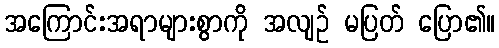
အကြောင်းအရာများစွာကို အလျဉ် မပြတ် ပြော၏။